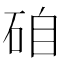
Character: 𥒕